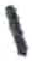
אות: י